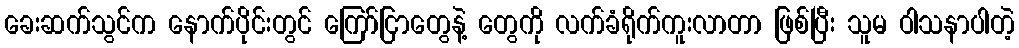
ခေးဆက်သွင်က နောက်ပိုင်းတွင် ကြော်ငြာတွေနဲ့ တွေကို လက်ခံရိုက်ကူးလာတာ ဖြစ်ပြီး သူမ ဝါသနာပါတဲ့